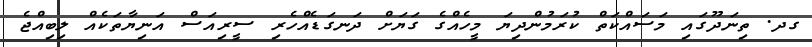
ގދ. ތިނަދޫގައި މަސައްކަތް ކުރަމުންދިޔަ މީހެއްގެ ގަޔަށް ދަނގަޑެއްހެރި ސީރިއަސް އަނިޔާތަކެއް ލިބިއްޖެ